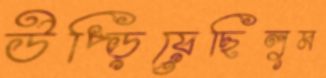
উপ্‌ড়িয়েছিলুম